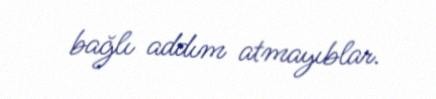
bağlı addım atmayıblar.